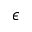
\epsilon